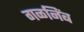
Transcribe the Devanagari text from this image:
गळनिंब